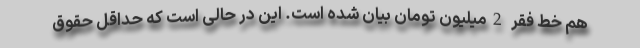
هم خط فقر 2میلیون تومان بیان شده است. این در حالی است که حداقل حقوق